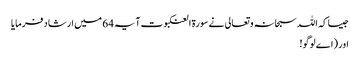
جیسا کہ اللہ سبحانہ و تعالی نے سورۃ العنکبوت آیہ 64 میں ارشاد فرمایا
اور (اے لوگو!